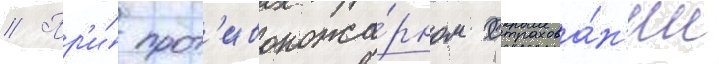
// Пр'и́ прот'ивопожа́рном страхова́н'ии